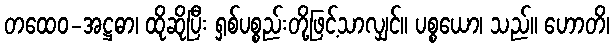
တထေဝ-အဋ္ဌဓာ၊ ထိုဆိုပြီး ရှစ်ပစ္စည်းတို့ဖြင့်သာလျှင်။ ပစ္စယော၊ သည်။ ဟောတိ၊